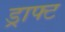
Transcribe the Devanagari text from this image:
ड्राफ्‍ट